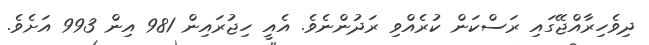
ދިވެހިރާއްޖޭގައި ރަސްކަން ކުރެއްވި ރަދުންނެވެ. އެއީ ހިޖުރައިން 981 އިން 993 އަށެވެ.